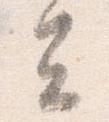
去